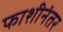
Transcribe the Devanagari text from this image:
फाशीनंतर